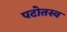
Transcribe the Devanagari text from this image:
पटोतस्व